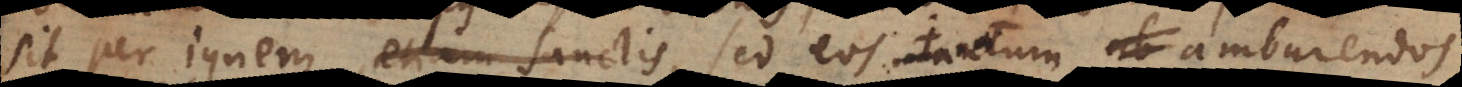
sit per ignem, etiam sanctis, sed eos tantum amburendos